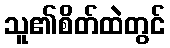
သူ၏စိတ်ထဲတွင်